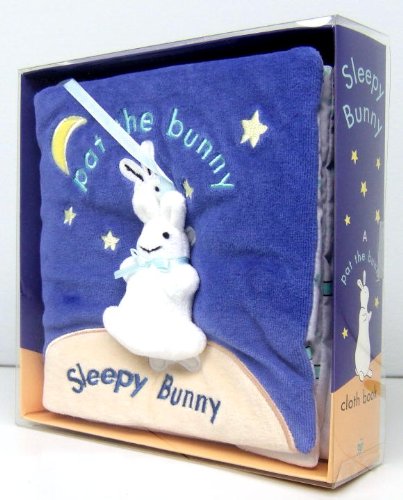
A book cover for Sleepy Bunny (Pat the Bunny Cloth Book); Golden Books; Children's Books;